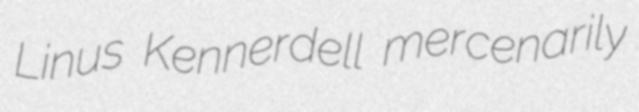
Linus Kennerdell mercenarily